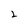
Character: 2